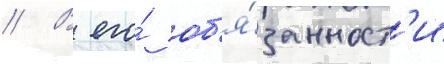
// В его́ об'я́занност'и